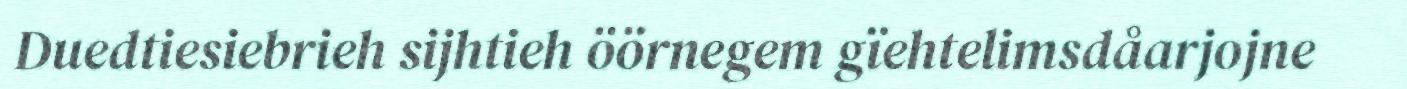
Duedtiesiebrieh sijhtieh öörnegem gïehtelimsdåarjojne